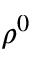
\rho ^ { 0 }